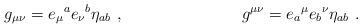
LaTeX: \begin{align*}g_{\mu\nu} = e_\mu{}^ae_\nu{}^b\eta_{ab}\ ,\hskip 3truecm g^{\mu\nu}=e_a{}^\mu e_b{}^\nu\eta_{ab}\ .\end{align*}